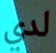
لدي